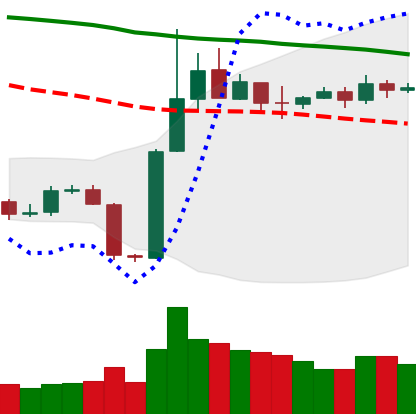
Ticker: BTC-USD
Chart end date: 2019-11-06
Forward return: -6.443%
Label: down_5_7